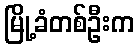
မြို့ခံတစ်ဦးက